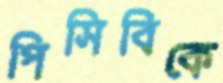
পিসিবিকে